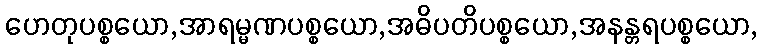
ဟေတုပစ္စယော,အာရမ္မဏပစ္စယော,အဓိပတိပစ္စယော,အနန္တရပစ္စယော,